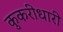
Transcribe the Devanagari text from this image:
कुकरीधारी